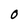
Character: O